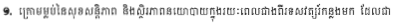
១. ក្រោមម្លប់នៃសុខសន្តិភាព និងស្ថិរភាពនយោបាយក្នុងរយៈពេលជាងពីរទសវត្សរ៍កន្លងមក ដែលជា